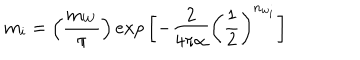
LaTeX: m _ { i } = \left( \frac { m _ { W } } { \pi } \right) e x p \left[ - \frac { 2 } { 4 \pi \alpha } \left( \frac { 1 } { 2 } \right) ^ { n _ { w _ { i } } } \right]